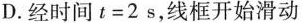
D.经时间$$t = 2 s$$，线框开始滑动